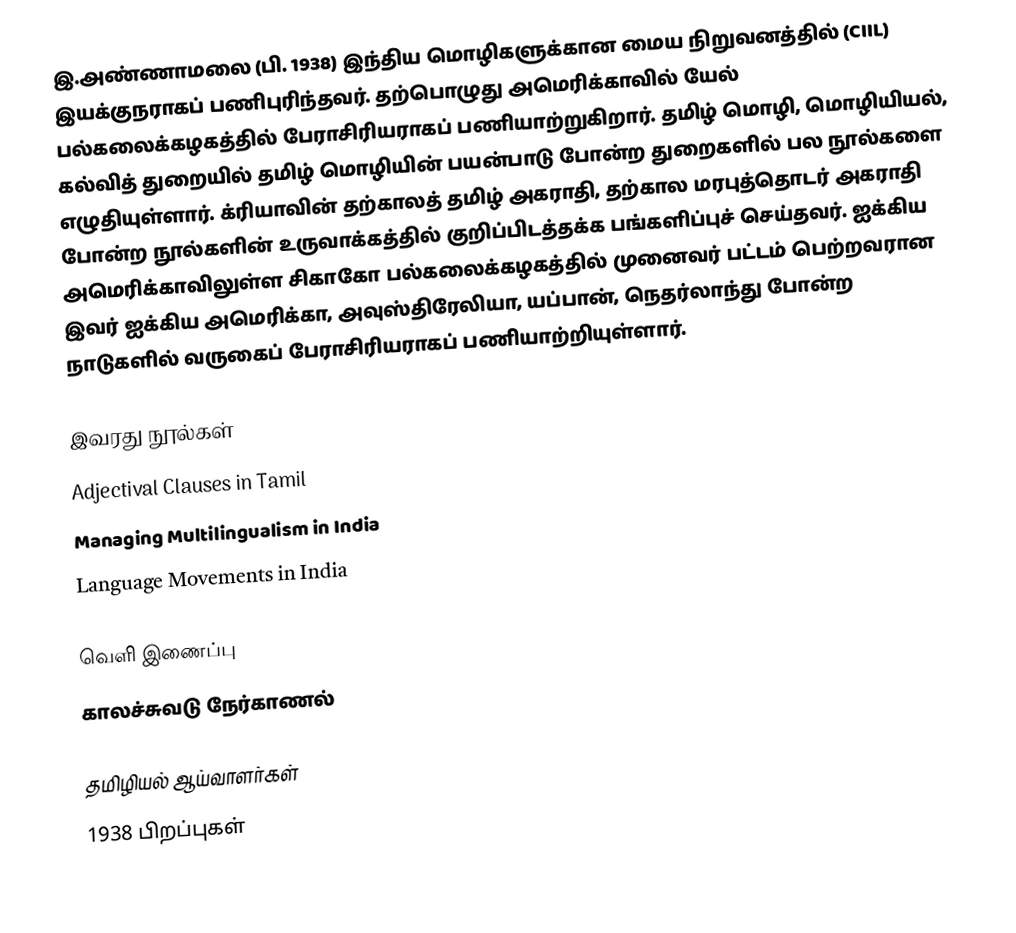
இ.அண்ணாமலை (பி. 1938) இந்திய மொழிகளுக்கான மைய நிறுவனத்தில் (CIIL) இயக்குநராகப் பணிபுரிந்தவர். தற்பொழுது அமெரிக்காவில் யேல் பல்கலைக்கழகத்தில் பேராசிரியராகப் பணியாற்றுகிறார். தமிழ் மொழி, மொழியியல், கல்வித் துறையில் தமிழ் மொழியின் பயன்பாடு போன்ற துறைகளில் பல நூல்களை எழுதியுள்ளார். க்ரியாவின் தற்காலத் தமிழ் அகராதி, தற்கால மரபுத்தொடர் அகராதி போன்ற நூல்களின் உருவாக்கத்தில் குறிப்பிடத்தக்க பங்களிப்புச் செய்தவர். ஐக்கிய அமெரிக்காவிலுள்ள சிகாகோ பல்கலைக்கழகத்தில் முனைவர் பட்டம் பெற்றவரான இவர் ஐக்கிய அமெரிக்கா, அவுஸ்திரேலியா, யப்பான், நெதர்லாந்து போன்ற நாடுகளில் வருகைப் பேராசிரியராகப் பணியாற்றியுள்ளார்.

இவரது நூல்கள்
 Adjectival Clauses in Tamil
 Managing Multilingualism in India
 Language Movements in India

வெளி இணைப்பு
 காலச்சுவடு நேர்காணல்

தமிழியல் ஆய்வாளர்கள்
1938 பிறப்புகள்